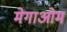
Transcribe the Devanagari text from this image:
मेगाओम